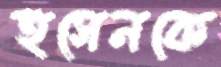
হুসেনকে